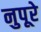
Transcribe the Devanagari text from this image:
नुपूरे